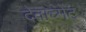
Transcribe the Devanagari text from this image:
देताच्मेंट